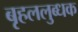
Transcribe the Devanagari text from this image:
बृहललुब्धक